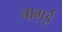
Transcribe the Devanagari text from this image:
चाग़ई